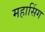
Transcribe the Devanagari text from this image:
महासिंग